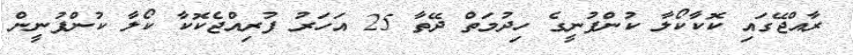
ރާއްޖޭގައި ކޮކާކޯލާ ކުންފުނީގެ ހިދުމަތް ދޭތާ 25 އަަހަރު ފުރިއްޖެކޮކާ ކޯލާ ކުންފުނީން